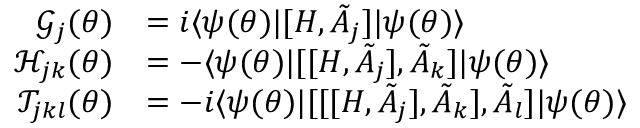
\begin{array} { r l } { \mathcal { G } _ { j } ( { \boldsymbol { \theta } } ) } & { = i \langle \psi ( { \boldsymbol { \theta } } ) | [ H , \tilde { A } _ { j } ] | \psi ( { \boldsymbol { \theta } } ) \rangle } \\ { \mathcal { H } _ { j k } ( { \boldsymbol { \theta } } ) } & { = - \langle \psi ( { \boldsymbol { \theta } } ) | [ [ H , \tilde { A } _ { j } ] , \tilde { A } _ { k } ] | \psi ( { \boldsymbol { \theta } } ) \rangle } \\ { \mathcal { T } _ { j k l } ( { \boldsymbol { \theta } } ) } & { = - i \langle \psi ( { \boldsymbol { \theta } } ) | [ [ [ H , \tilde { A } _ { j } ] , \tilde { A } _ { k } ] , \tilde { A } _ { l } ] | \psi ( { \boldsymbol { \theta } } ) \rangle } \end{array}